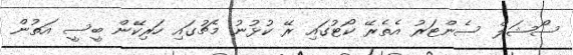
ސޯޝަލް ސެންޓަރު އެތެރޭ ކޯޓުގައި ރޭ ކުޅުނު މެޗުގައި ހަރިކޭން ބީސީ އަތުން